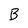
Character: B